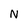
Character: N